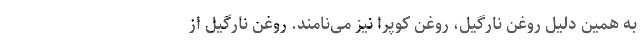
به همین دلیل روغن نارگیل، روغن کوپرا نیز می‌نامند. روغن نارگیل از